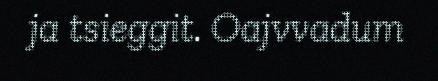
ja tsieggit. Oajvvadum